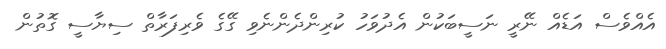
އެއްވެސް އަޑެއް ނޭރީ ނަސީބަކުން އެދުވަހު ކުރިންދެންނެވި ގޭގެ ވެރިފަރާތް ސިޔާސީ ގޮތުން